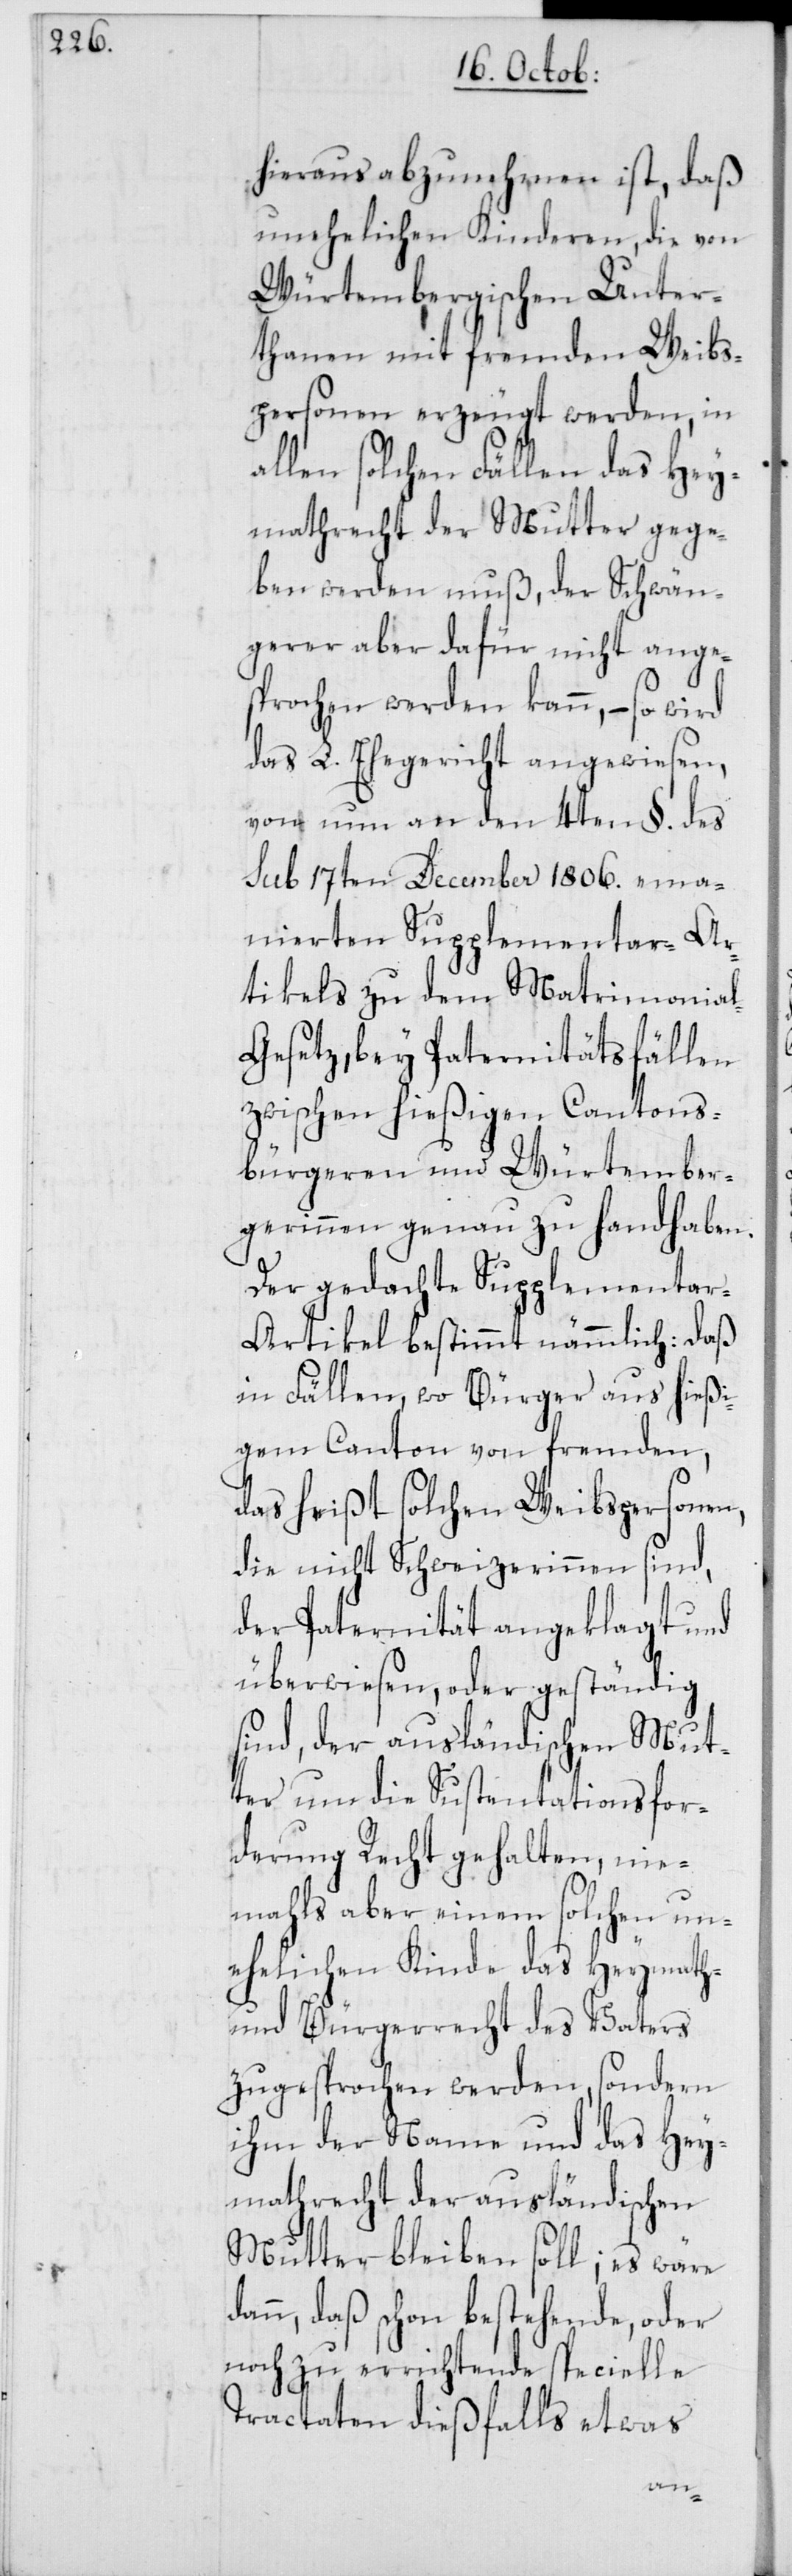
hieraus abzunehmen ist, daß
unehelichen Kinderen, die von
Würtembergischen Unter¬
thanen mit fremden Weibs¬
personen erzeugt werden, in
allen solchen Fällen das Hey¬
mathrecht der Mutter gege¬
ben werden muß, der Schwän¬
gerer aber dafür nicht ange¬
sprochen werden kann, – so wird
das L. Ehegericht angewiesen,
von nun an den 4ten §. des
sub 17ten December 1806. ema¬
nierten Supplementar-Ar¬
tikels zu dem Matrimonial-G¬
esetz, bey Paternitätsfällen
zwischen hießigen Cantons¬
bürgeren und Würtember¬
gerinnen genau zu handhaben.
Der gedachte Supplementa¬
r-Artikel bestimmt nämmlich: daß
in Fällen, wo Bürger aus hießi¬
gem Canton von fremden,
das heißt solchen Weibspersonen,
die nicht Schweizerinnen sind,
der Paternität angeklagt und
überwiesen, oder geständig
sind, der ausländischen Mut¬
ter um die Sustentationsfor¬
derung Recht gehalten, nie¬
mahls aber einem solchen un¬
ehelichen Kinde das Heymath-
und Bürgerrecht des Vaters
zugesprochen werden, sondern
ihm der Name und das Hey¬
mathrecht der ausländischen
Mutter bleiben soll; es wäre
dann, daß schon bestehende, oder
noch zu errichtende specielle
Tractaten dießfalls etwas